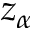
z _ { \alpha }